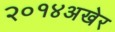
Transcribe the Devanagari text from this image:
२०१४अखेर